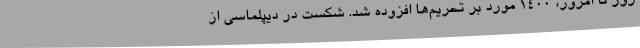
روز تا امروز، 1400 مورد بر تحریم‌ها افزوده شد. شکست در دیپلماسی از